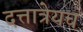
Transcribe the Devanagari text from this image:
दत्तात्रेयच